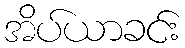
အိပ်ယာခင်း